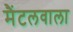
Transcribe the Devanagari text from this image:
मैंटलवाला